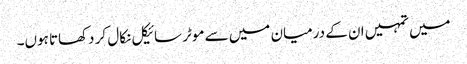
میں تمہیں ان کے درمیان میں سے موٹر سائیکل نکال کر دکھاتا ہوں۔